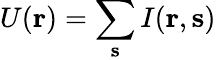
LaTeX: U({\mathbf r})=\sum_{\mathbf s}I({\mathbf r},{\mathbf s})